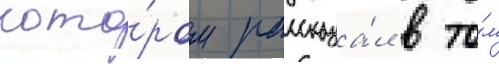
кото́ром рассказа́л в то́м